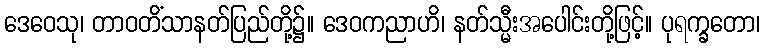
ဒေဝေသု၊ တာဝတိံသာနတ်ပြည်တို့၌။ ဒေဝကညာဟိ၊ နတ်သ္မီးအပေါင်းတို့ဖြင့်။ ပုရက္ခတော၊